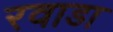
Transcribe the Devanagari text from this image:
रवाडा